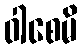
ဝါစေမိ